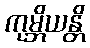
ကုမ္ဘိယန္တိ